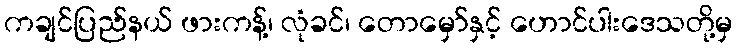
ကချင်ပြည်နယ် ဖားကန့်၊ လုံခင်၊ တောမှော်နှင့် ဟောင်ပါးဒေသတို့မှ